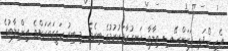
އެހީ ހޯދައި ފަރަންސޭސި ވިލާތާ ހަނގުރާމަކުރުމުގެ ބިރެވެ. މި ބިރު ހަގީގަތަކަށްވެ އިންގިލާބުގެ